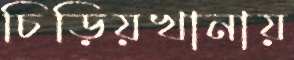
চিড়িয়খানায়